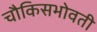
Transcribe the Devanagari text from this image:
चौकिसभोवती